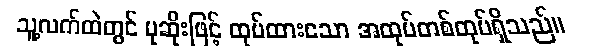
သူ့လက်ထဲတွင် ပုဆိုးဖြင့် ထုပ်ထားသော အထုပ်တစ်ထုပ်ရှိသည်။